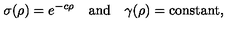
\sigma ( \rho ) = e ^ { - c \rho } \quad \mathrm { a n d } \quad \gamma ( \rho ) = \mathrm { c o n s t a n t } ,